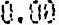
0.00